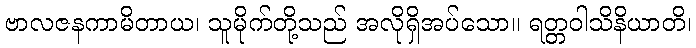
ဗာလဇနကာမိတာယ၊ သူမိုက်တို့သည် အလိုရှိအပ်သော။ ရတ္တဝါသိနိယာတိ၊